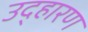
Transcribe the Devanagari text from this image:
उद्हारण